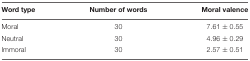
<table><thead><tr><td><b>Word type</b></td><td><b>Number of words</b></td><td><b>Moral valence</b></td></tr></thead><tbody><tr><td>Moral</td><td>30</td><td>7.61 ± 0.55</td></tr><tr><td>Neutral</td><td>30</td><td>4.96 ± 0.29</td></tr><tr><td>Immoral</td><td>30</td><td>2.57 ± 0.51</td></tr></tbody></table>